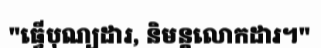
"ធ្វើបុណ្យដារ, និមន្តលោកដារ។"